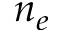
n _ { e }